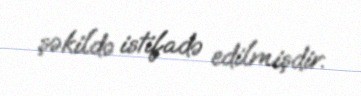
şəkildə istifadə edilmişdir.